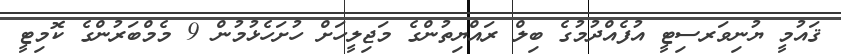
ޤައުމީ ޔުނިވަރސިޓީ އުފެއްދުމުގެ ބިލް ރައްޔިތުންގެ މަޖިލީހަށް ހުށަހެޅުމުން 9 މެމްބަރުންގެ ކޮމިޓީ